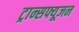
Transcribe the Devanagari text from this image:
ट्रान्सफ्यूजन